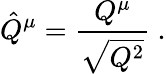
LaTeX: \hat{Q}^{\mu}=\frac{Q^{\mu}}{\sqrt{Q^{2}}}\ .